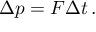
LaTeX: \Delta p = F \Delta t \, .